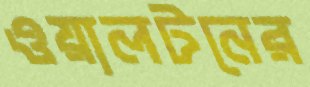
ওয়ালটনের